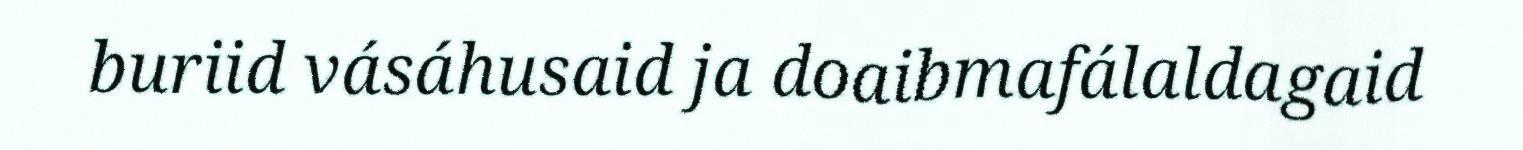
buriid vásáhusaid ja doaibmafálaldagaid